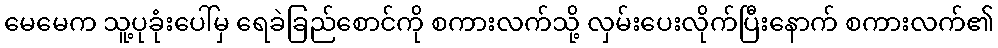
မေမေက သူ့ပုခုံးပေါ်မှ ရေခဲခြည်စောင်ကို စကားလက်သို့ လှမ်းပေးလိုက်ပြီးနောက် စကားလက်၏